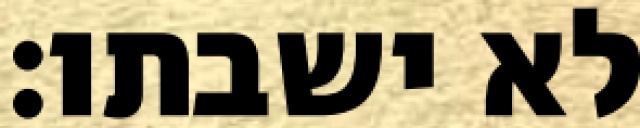
לא ישבתו׃